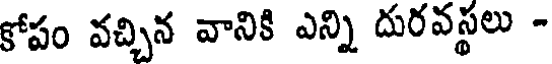
కోపం వచ్చిన వానికి ఎన్ని దురవస్థలు -